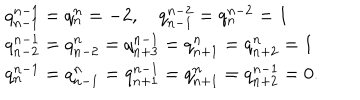
LaTeX: \begin{array} { l c r } { { q _ { n - 1 } ^ { n - 1 } = q _ { n } ^ { n } = - 2 , \quad q _ { n - 1 } ^ { n - 2 } = q _ { n } ^ { n - 2 } = 1 } } \\ { { q _ { n - 2 } ^ { n - 1 } = q _ { n - 2 } ^ { n } = q _ { n + 3 } ^ { n - 1 } = q _ { n + 1 } ^ { n } = q _ { n + 2 } ^ { n } = 1 } } \\ { { q _ { n } ^ { n - 1 } = q _ { n - 1 } ^ { n } = q _ { n + 1 } ^ { n - 1 } = q _ { n + 1 } ^ { n } = q _ { n + 2 } ^ { n - 1 } = 0 . } } \\ \end{array}